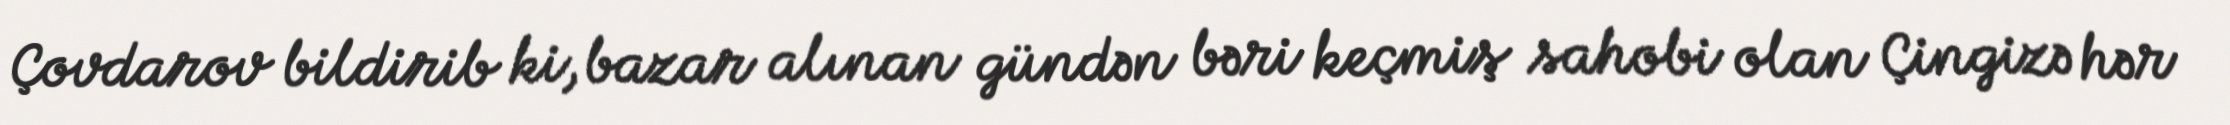
Çovdarov bildirib ki, bazar alınan gündən bəri keçmiş sahobi olan Çingizə hər